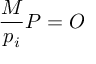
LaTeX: { \frac { M } { p _ { i } } } P = O